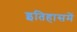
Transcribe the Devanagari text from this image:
इतिहासमें